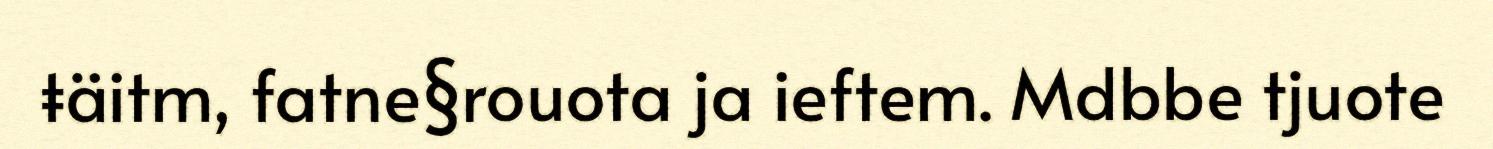
ŧäitm, fatne§rouota ja ieftem. Mdbbe tjuote